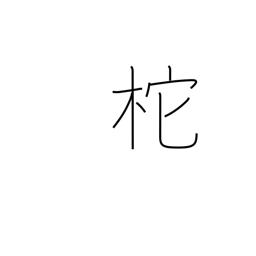
Meaning: helm